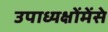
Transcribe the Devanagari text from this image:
उपाध्यक्षोंमेंसे